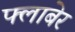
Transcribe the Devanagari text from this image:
फ्लाबेर